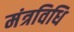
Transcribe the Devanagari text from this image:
मंत्रविधि